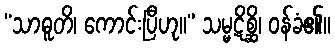
“သာဓူတိ၊ ကောင်းပြီဟု။” သမ္မဋိစ္ဆိ၊ ဝန်ခံ၏။